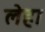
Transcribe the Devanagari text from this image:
लेहा